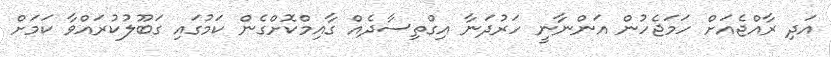
އަދި ރާއްޖެއަށް ހަމަޖެހުން އަންނާނީ ހަރުދަނާ އިގްތިސާދެއް ގާއިމްކޮށްގެން ކަމުގައި ގަބޫލުކުރައްވާ ކަމަށް